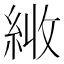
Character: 𦀏